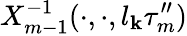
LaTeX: X_{m-1}^{-1}(\cdot,\cdot,l_{\mathbf{k}}\tau_{m}^{\prime\prime})